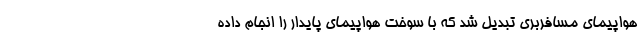
هواپیمای مسافربری تبدیل شد که با سوخت هواپیمای پایدار را انجام داده